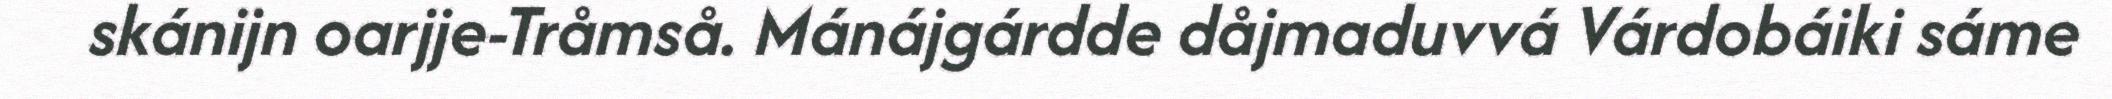
skánijn oarjje-Tråmså. Mánájgárdde dåjmaduvvá Várdobáiki sáme